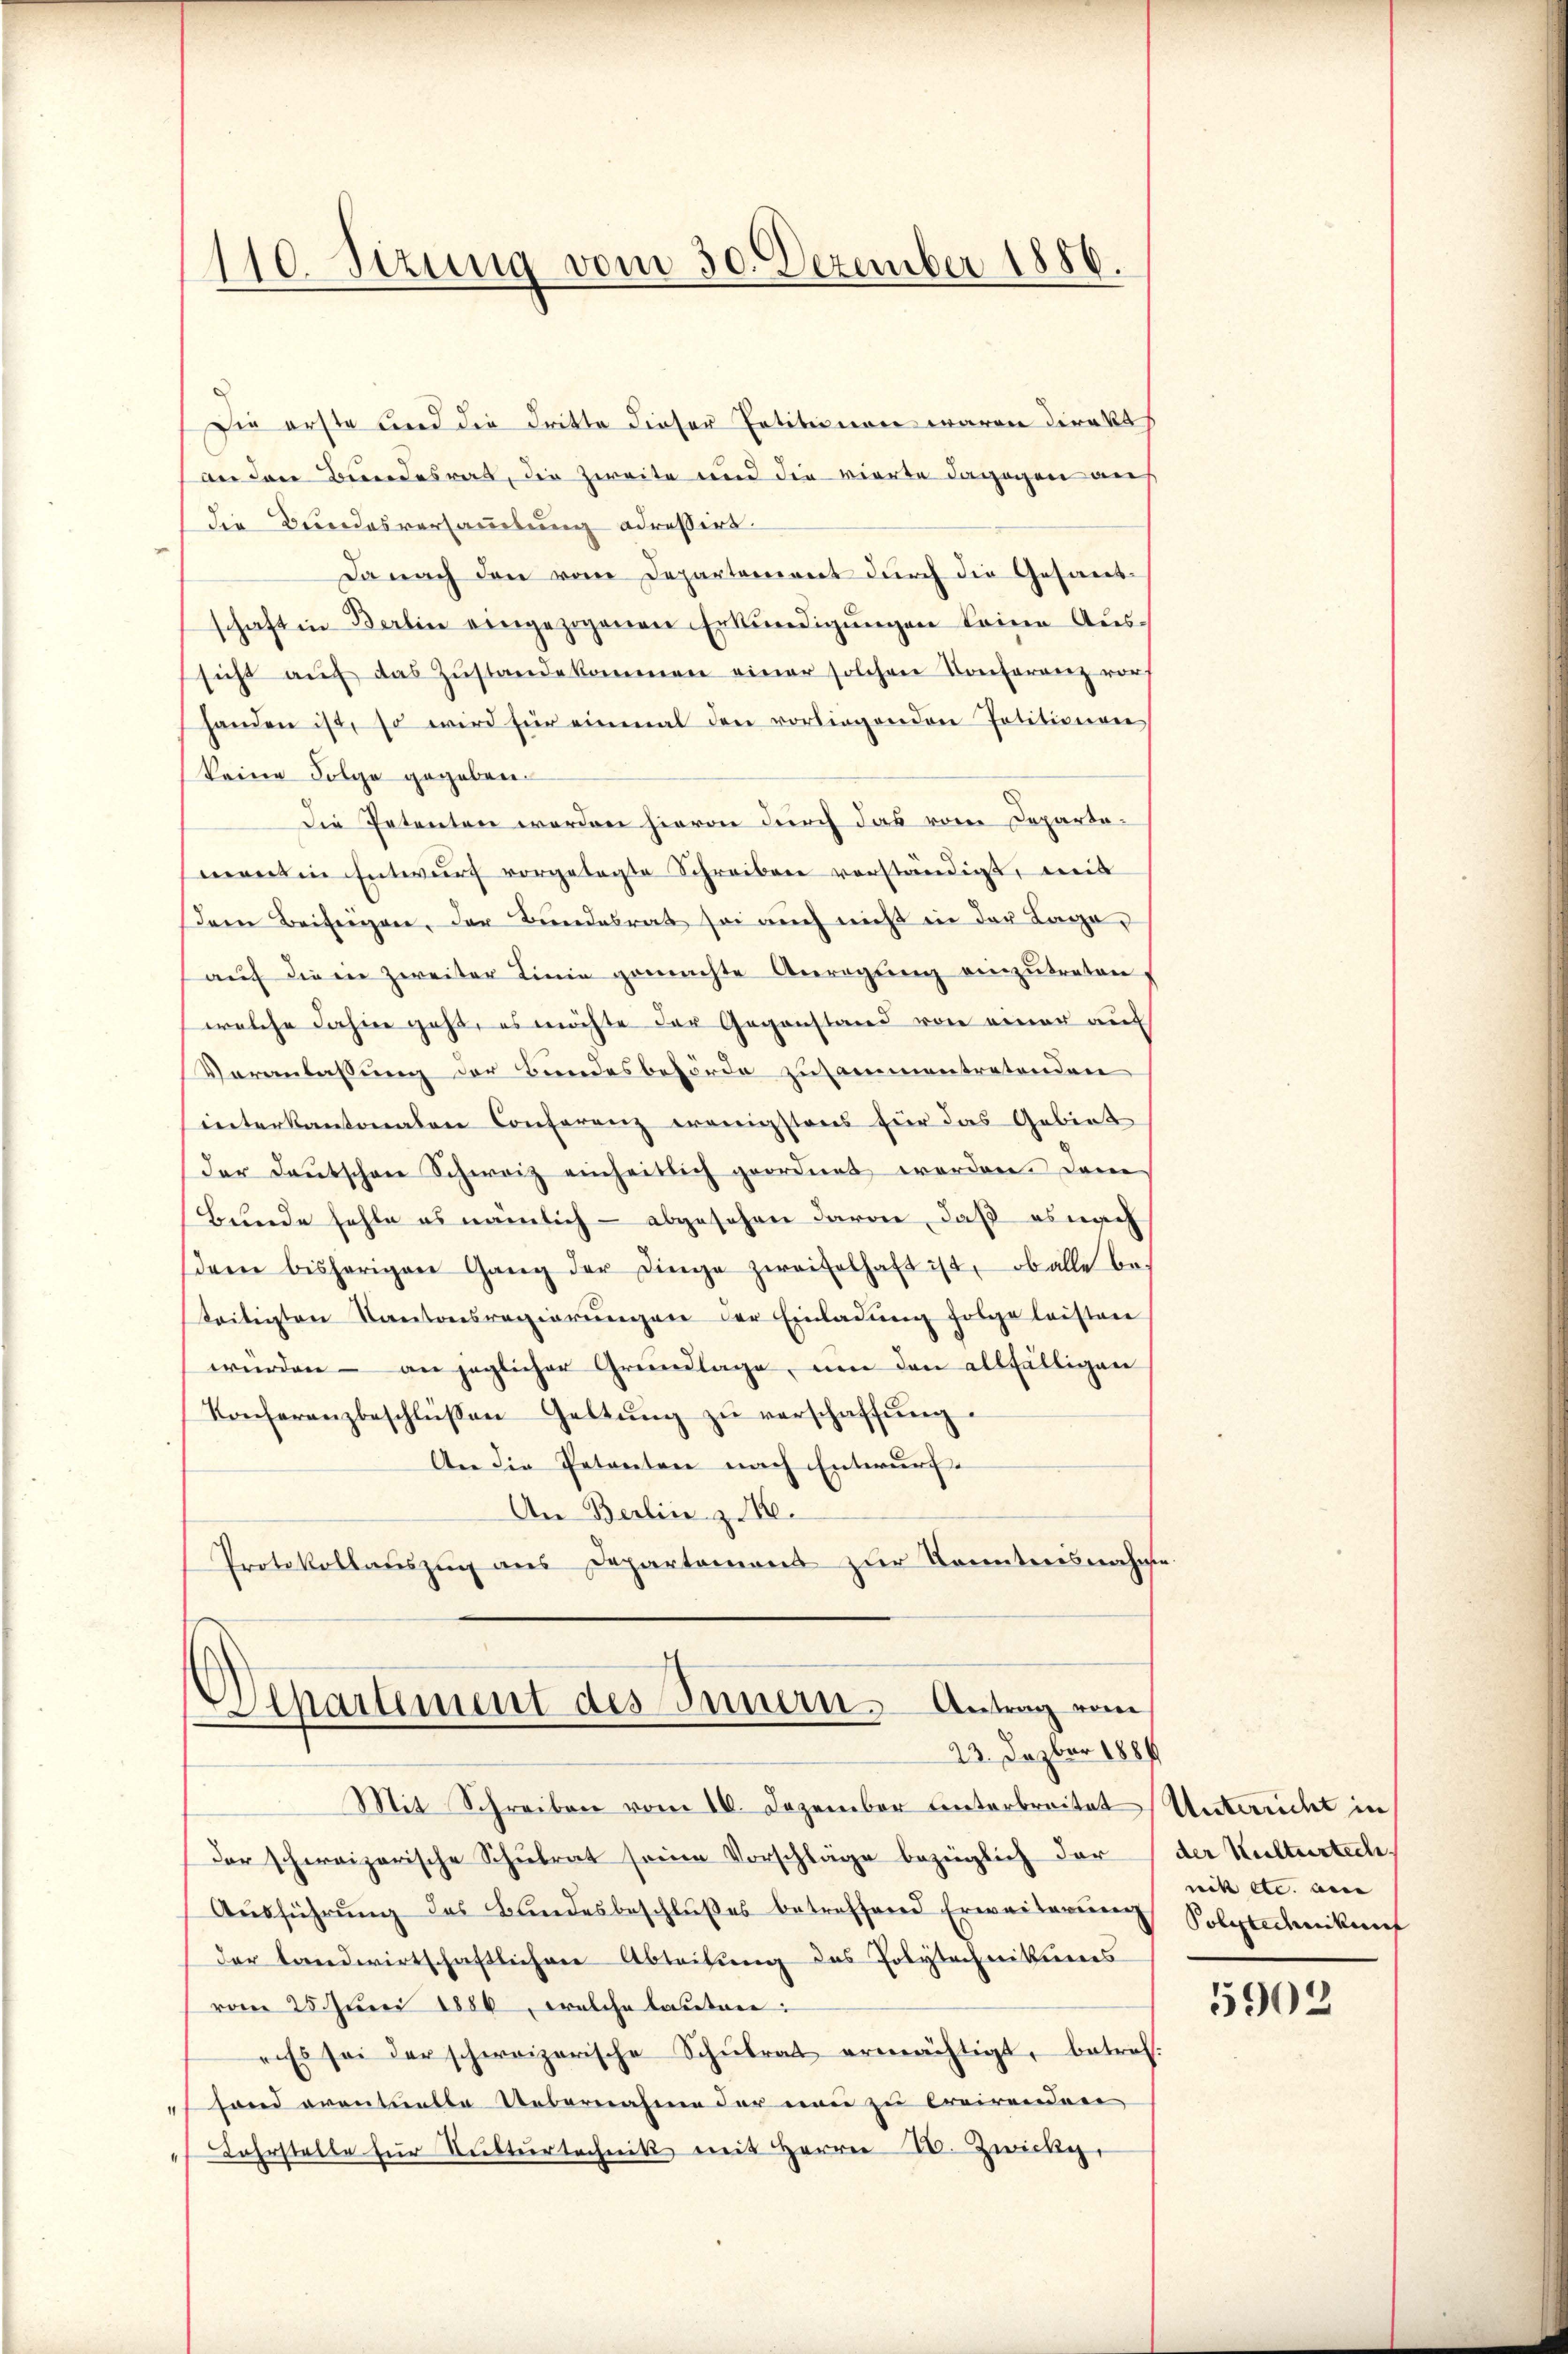
Die erste und die dritte dieser Petitionen waren direkt
an den Bundesrat, die Zweite und die vierte dagegen aus
die Bundesversammlung adressirt.
Da nach den vom Departement durch die Gesandschaft in Berlin eingezogenen Erkundigungen keine Aus-
sicht aŭf das Zŭstande kommen einer solchen Konferenz vor-
handen ist, so wird für einmal den vorliegenden Petitionen
keine Folge gegeben.
Die Petenten werden hievon durch das vom Departament in Entwurf vorgetagte Schreiben verständigt, mit
Dem Beifügen, der Bundesrat sei auch nicht in der Lage,
auf die in zweiter Linie gemachte Anregung einzutreten
welche Jahre geht, es möchte der Gegenstand von einer auf
Veranlassung der Bundesbehörde zusammentretenden
interkantonalen Conferenz wenigstens für das Gebiet
der Deutschen Schweiz einheitlich geordnet worden. Dem
Bunde fehle es nämlich – abgesehen davon, daß es nach
(dem bisherigen Gang der Dinge zweifelhaft ist, ob alle be-
teitigten Kantonsregierungen der Einladung folge leisten
würden – an jeglicher Grundlage, um den allfälligen
Konferenzbeschlüßen Geltŭng zŭ verschaffŭng.
An die Petenten nach Entwurf.
An Berlin z. B.
Protokollauszug aus Departement zur Kenntnisnahme

110. Sizung vom 30. Dezember 1886.

Departement des Innern. Antrag vom
23. Dazbar 1884

Mit Schreiben vom 10. Dezember unterbreitet Unterricht in
der schweizerische Schulrat seine Vorschläge bezüglich der (der Kulturteche.
Aŭsführŭng des Bundesbeschlŭβes betreffend Erweiterŭng
der Landwirtschaftlichen Abteilung des Polytechnikums
vom 25. Juni 1886, welche lauten:
Es sei der schweizerische Schŭlrat ermächtigt, betref-
fond eventuelle Uebernahme der neu zu Creirenden
 Jahrstelle für Nŭktŭrtechnik mit Herrn 20. Zwicki,

nit etc. au
Polytechnikunf

5902